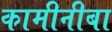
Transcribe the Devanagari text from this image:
कामीनीबा